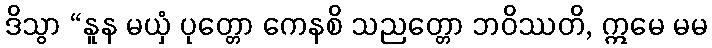
ဒိသွာ “နူန မယှံ ပုတ္တော ကေနစိ သညတ္တော ဘဝိဿတိ, ဣမေ မမ